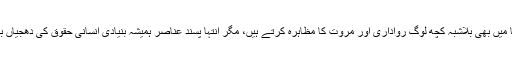
غیر مسلم دنیا میں بھی بلاشبہ کچھ لوگ رواداری اور مروت کا مظاہرہ کرتے ہیں، مگر انتہا پسند عناصر ہمیشہ بنیادی انسانی حقوق کی دھجیاں بکھیرتے ہیں۔